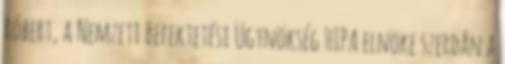
Róbert, a Nemzeti Befektetési Ügynökség HIPA elnöke szerdán a